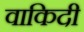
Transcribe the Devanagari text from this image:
वाकिदी